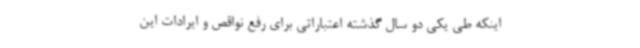
اینکه طی یکی دو سال گذشته اعتباراتی برای رفع نواقص و ایرادات این